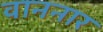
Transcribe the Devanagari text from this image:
वाननार